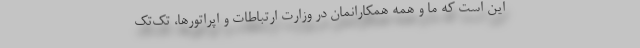
این است که ما و همه همکارانمان در وزارت ارتباطات و اپراتورها، تک‌تک